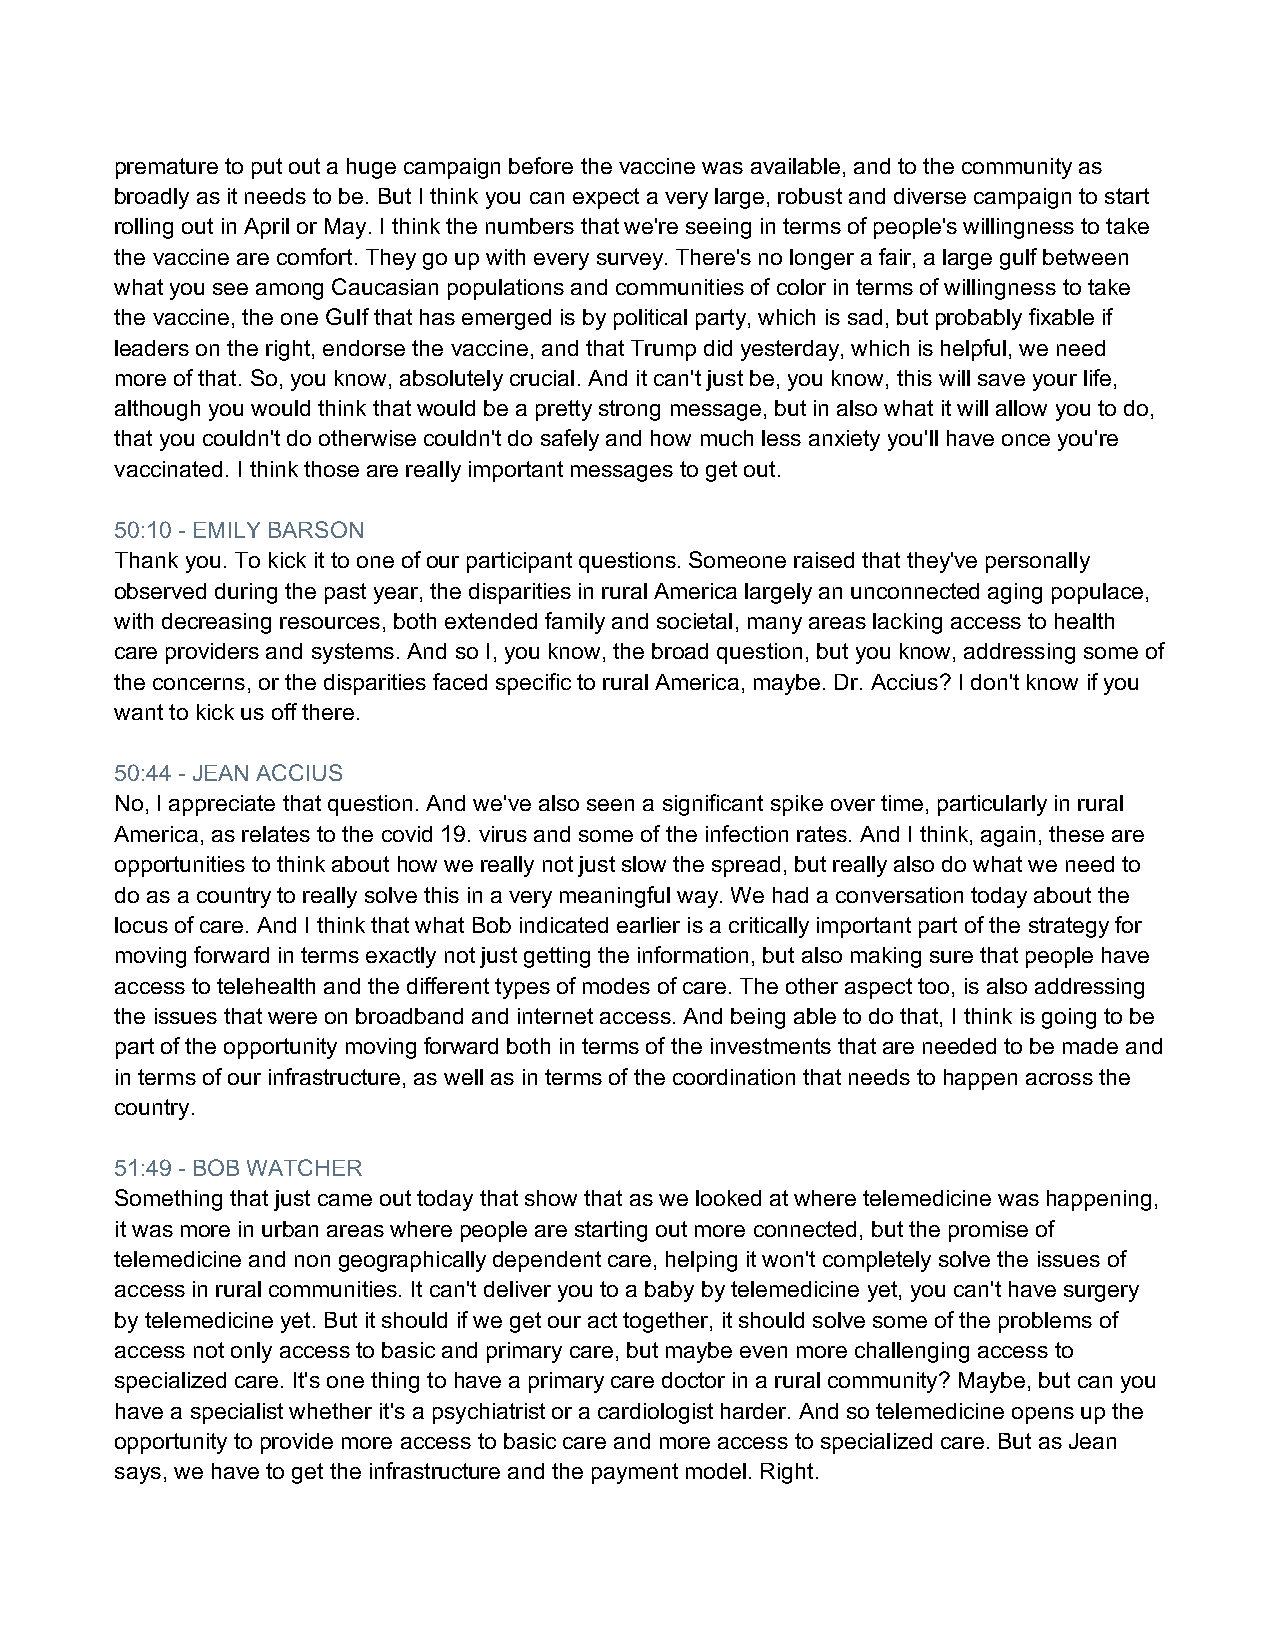
premature to put out a huge campaign before the vaccine was available, and to the community as
 broadly as it needs to be. But I think you can expect a very large, robust and diverse campaign to start
 rolling out in April or May. I think the numbers that we're seeing in terms of people's willingness to take
 the vaccine are comfort. They go up with every survey. There's no longer a fair, a large gulf between
 what you see among Caucasian populations and communities of color in terms of willingness to take
 the vaccine, the one Gulf that has emerged is by political party, which is sad, but probably fixable if
 leaders on the right, endorse the vaccine, and that Trump did yesterday, which is helpful, we need
 more of that. So, you know, absolutely crucial. And it can't just be, you know, this will save your life,
 although you would think that would be a pretty strong message, but in also what it will allow you to do,
 that you couldn't do otherwise couldn't do safely and how much less anxiety you'll have once you're
 vaccinated. I think those are really important messages to get out.
 50:10 - EMILY BARSON
 Thank you. To kick it to one of our participant questions. Someone raised that they've personally
 observed during the past year, the disparities in rural America largely an unconnected aging populace,
 with decreasing resources, both extended family and societal, many areas lacking access to health
 care providers and systems. And so I, you know, the broad question, but you know, addressing some of
 the concerns, or the disparities faced specific to rural America, maybe. Dr. Accius? I don't know if you
 want to kick us off there.
 50:44 - JEAN ACCIUS
 No, I appreciate that question. And we've also seen a significant spike over time, particularly in rural
 America, as relates to the covid 19. virus and some of the infection rates. And I think, again, these are
 opportunities to think about how we really not just slow the spread, but really also do what we need to
 do as a country to really solve this in a very meaningful way. We had a conversation today about the
 locus of care. And I think that what Bob indicated earlier is a critically important part of the strategy for
 moving forward in terms exactly not just getting the information, but also making sure that people have
 access to telehealth and the different types of modes of care. The other aspect too, is also addressing
 the issues that were on broadband and internet access. And being able to do that, I think is going to be
 part of the opportunity moving forward both in terms of the investments that are needed to be made and
 in terms of our infrastructure, as well as in terms of the coordination that needs to happen across the
 country.
 51:49 - BOB WATCHER
 Something that just came out today that show that as we looked at where telemedicine was happening,
 it was more in urban areas where people are starting out more connected, but the promise of
 telemedicine and non geographically dependent care, helping it won't completely solve the issues of
 access in rural communities. It can't deliver you to a baby by telemedicine yet, you can't have surgery
 by telemedicine yet. But it should if we get our act together, it should solve some of the problems of
 access not only access to basic and primary care, but maybe even more challenging access to
 specialized care. It's one thing to have a primary care doctor in a rural community? Maybe, but can you
 have a specialist whether it's a psychiatrist or a cardiologist harder. And so telemedicine opens up the
 opportunity to provide more access to basic care and more access to specialized care. But as Jean
 says, we have to get the infrastructure and the payment model. Right.